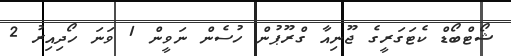
ޝޯޓްބޯޑް ކެޓަގަރީގެ ޖޫނިއާ ގްރޫޕުން ހުސެން ނަވީން 1 ވަނަ ހޯދިއިރު 2